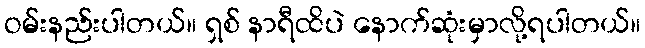
ဝမ်းနည်းပါတယ်။ ရှစ် နာရီထိပဲ နောက်ဆုံးမှာလို့ရပါတယ်။